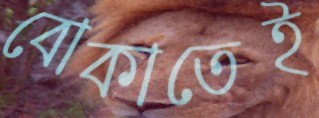
বোকাতেই